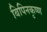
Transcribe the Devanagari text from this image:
बिपिनकृष्ण